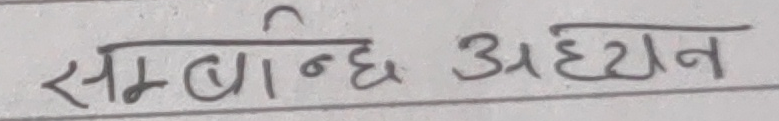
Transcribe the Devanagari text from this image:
सम्बन्ध अध्ययन